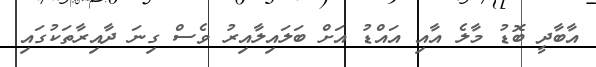
އާބާދީ ބޮޑު މާލެ އާއި އައްޑު އަށް ބަލައިލާއިރު ވެސް ގިނަ ދާއިރާތަކުގައި